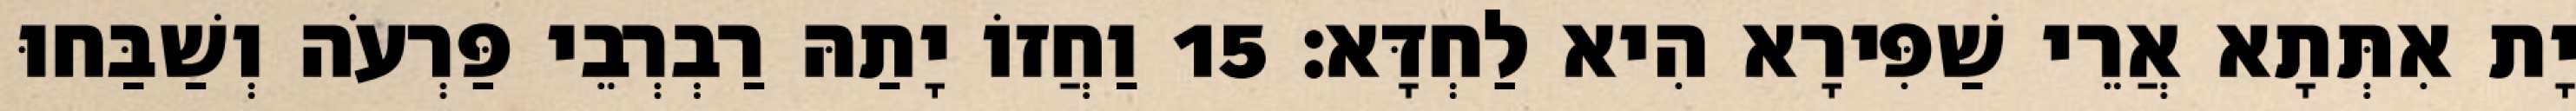
יָת אִתְּתָא אֲרֵי שַׁפִּירָא הִיא לַחְדָּא׃ 15 וַחֲזוֹ יָתַהּ רַבְרְבֵי פַּרְעֹה וְשַׁבַּחוּ